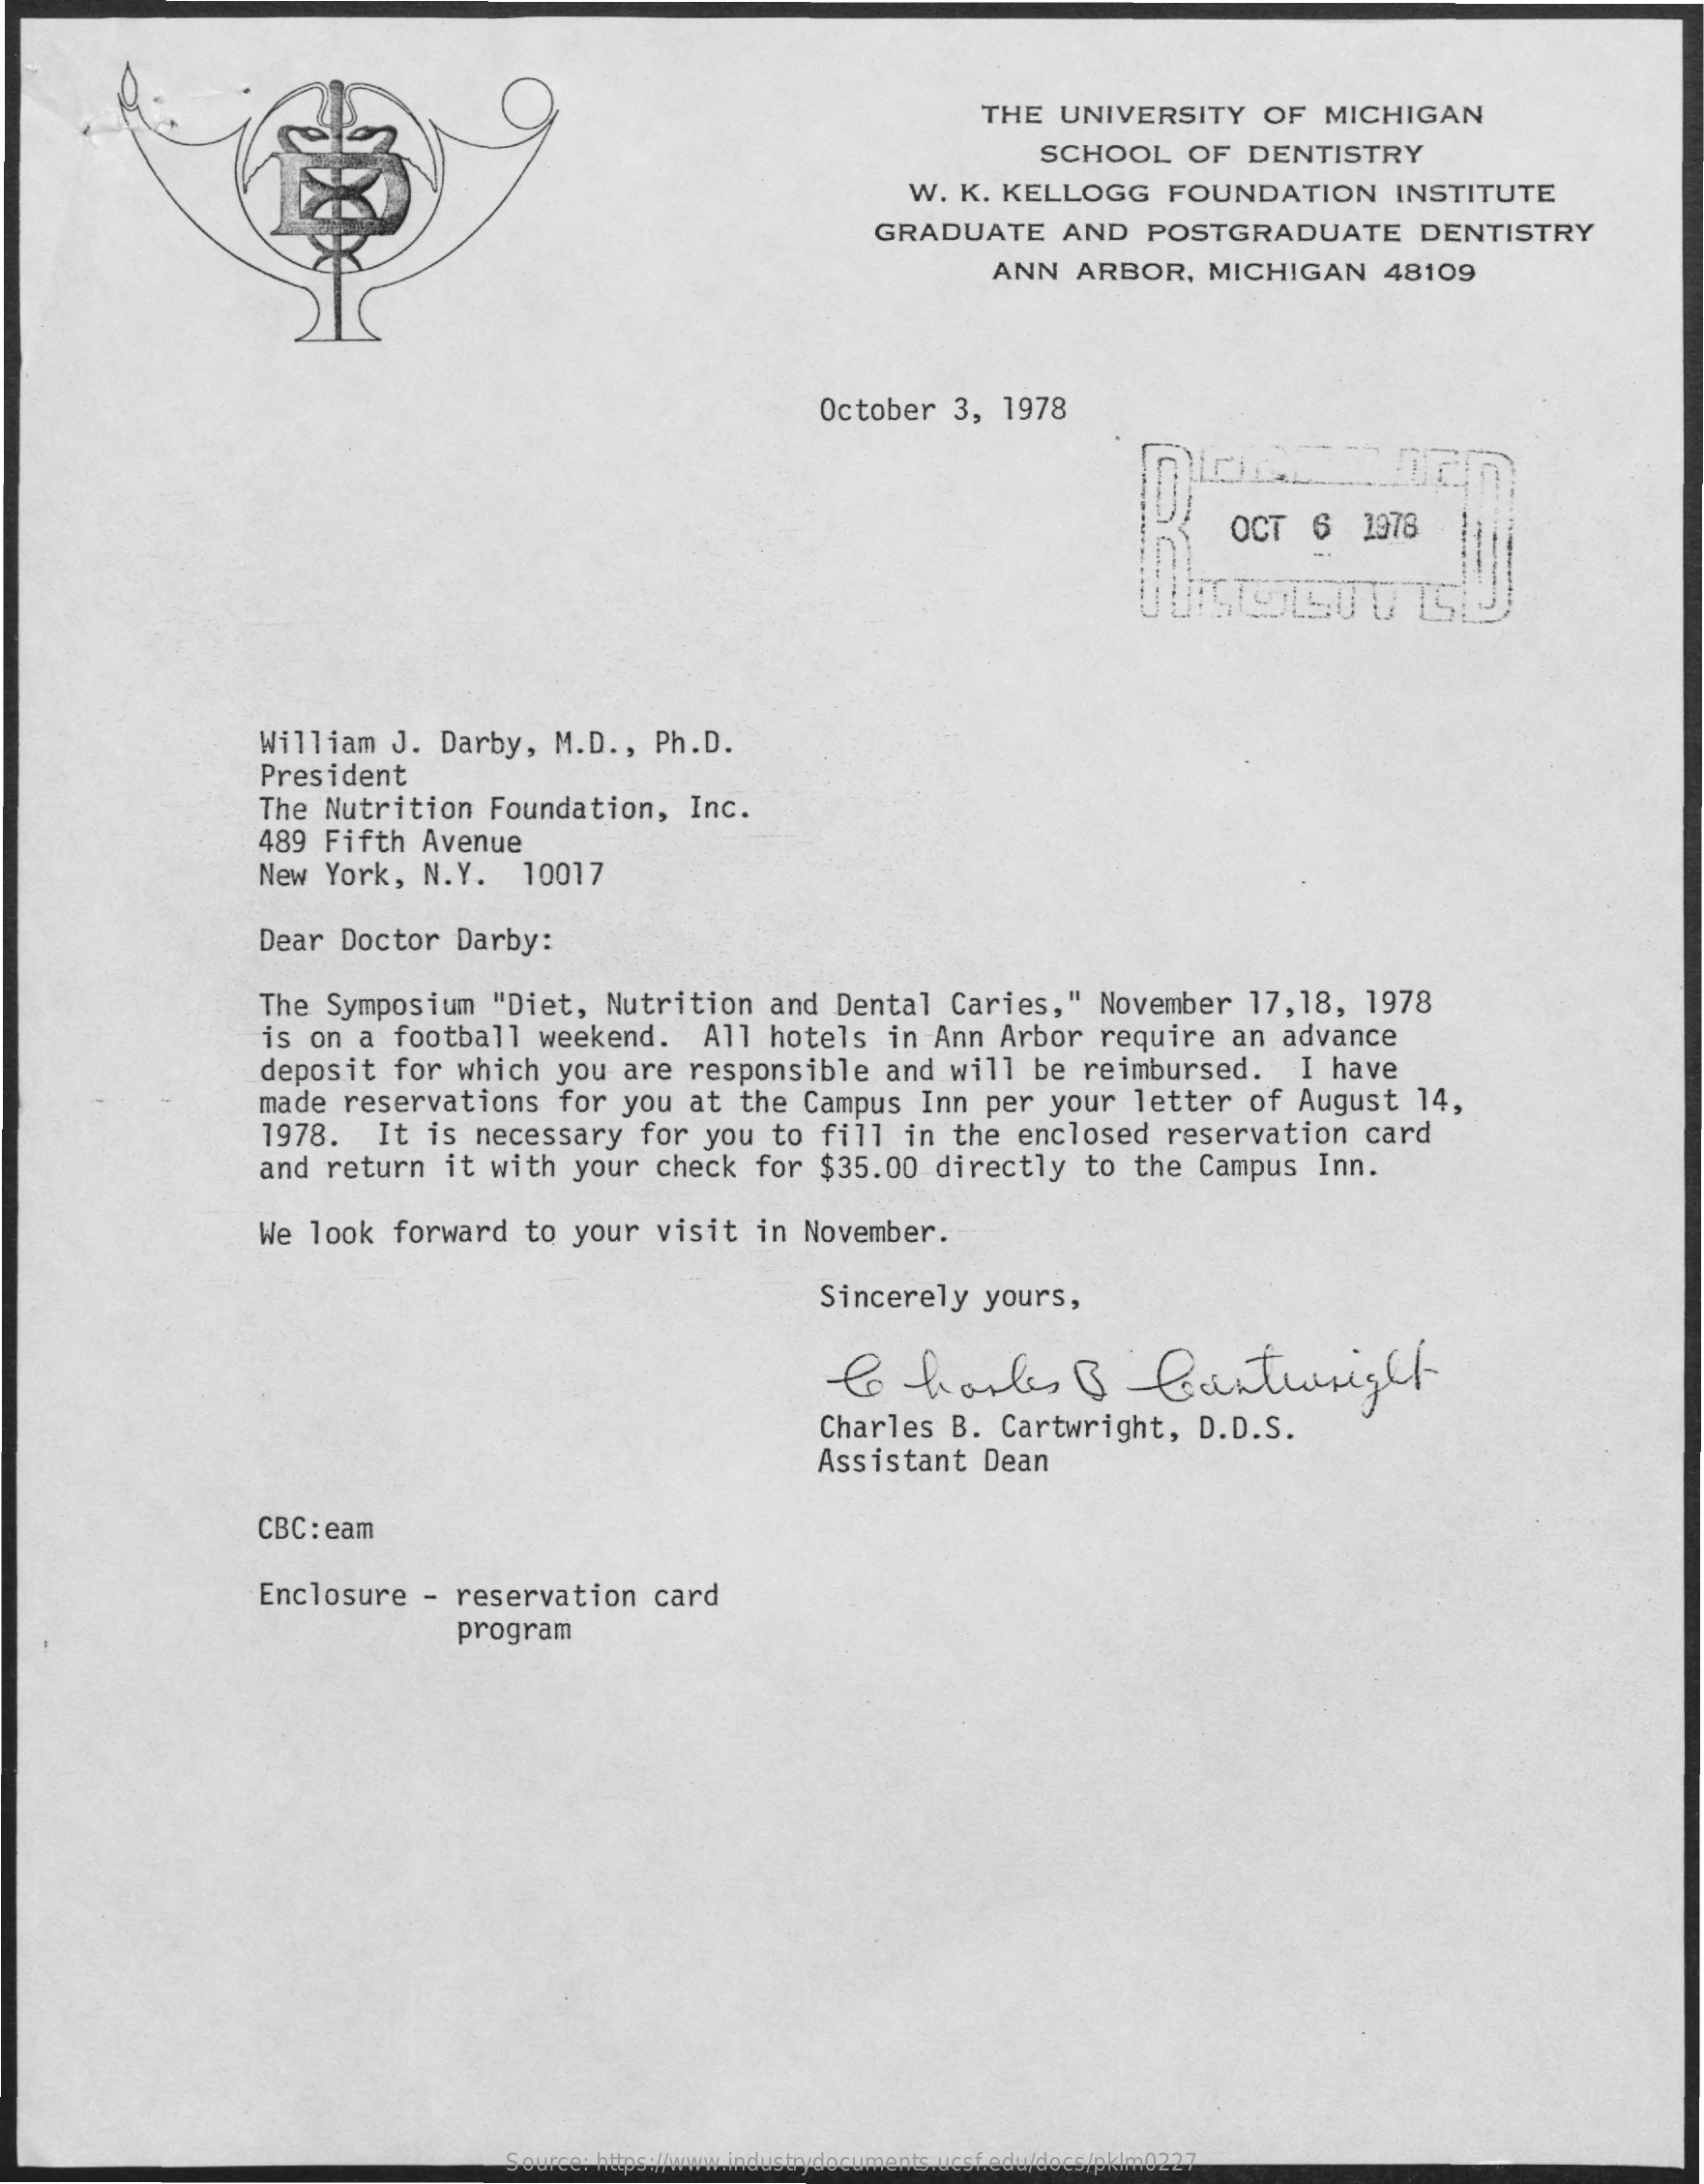
THE UNIVERSITY OF MICHIGAN
     SCHOOL  OF DENTISTRY
     W. K. KELLOGG FOUNDATION  INSTITUTE
     GRADUATE AND  POSTGRADUATE  DENTISTRY
     ANN ARBOR, MICHIGAN 48109
     October 3, 1978
     OCT 6  1978
     William J. Darby, M.D ., Ph.D.
     President
     The Nutrition Foundation, Inc.
     489 Fifth Avenue
     New York, N.Y. 10017
     Dear Doctor Darby:
     The Symposium "Diet, Nutrition and Dental Caries," November 17,18, 1978
     is on a football weekend. All hotels in Ann Arbor require an advance
     deposit for which you are responsible and will be reimbursed. I have
     made reservations for you at the Campus Inn per your letter of August 14,
     1978. It is necessary for you to fill in the enclosed reservation card
     and return it with your check for $35.00 directly to the Campus Inn.
     We look forward to your visit in November.
     Sincerely yours,
     to  harles   B   Buntwright
     Charles B. Cartwright, D.D.S.
     Assistant Dean
     CBC: eam
     Enclosure - reservation card
     program
     Source: https://www.industrydocuments.ucsf.edu/docs/pklm0227